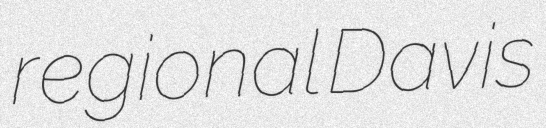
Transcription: regional Davis